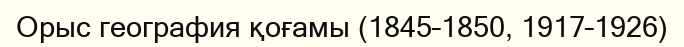
Орыс география қоғамы (1845–1850, 1917–1926)